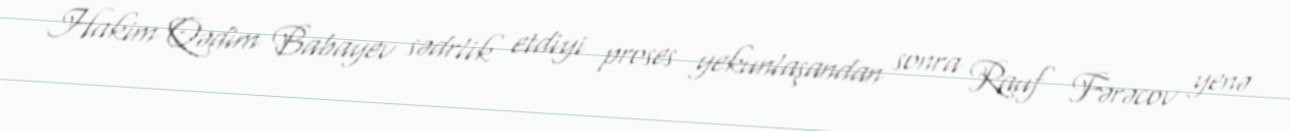
Hakim Qədim Babayev sədrlik etdiyi proses yekunlaşandan sonra Rauf Fərəcov yenə